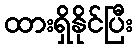
ထားရှိနိုင်ပြီး